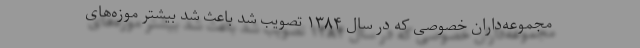
مجموعه‌داران خصوصی که در سال ۱۳۸۴ تصویب شد باعث شد بیشتر موزه‌های